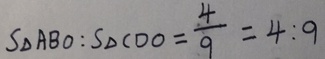
S _ { \Delta } A B O : S _ { \Delta } C D O = \frac { 4 } { 9 } = 4 : 9